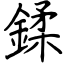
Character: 鍒